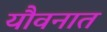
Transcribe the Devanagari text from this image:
यौवनात